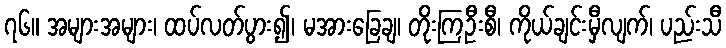
၇၆။ အများအများ၊ ထပ်လတ်ပွား၍၊ မအားခြေချ၊ တိုးကြဦးစီ၊ ကိုယ်ချင်းမှီလျက်၊ ပည်းသီ